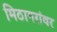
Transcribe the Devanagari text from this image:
मिठागरांवर